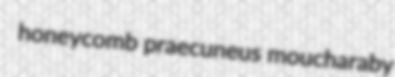
honeycomb praecuneus moucharaby